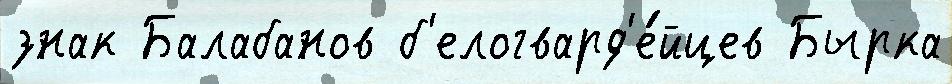
знак Балабанов б'елогвард'е́йцев Бырка